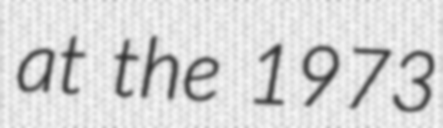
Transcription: at the 1973